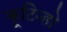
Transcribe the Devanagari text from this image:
कूटिन्हो